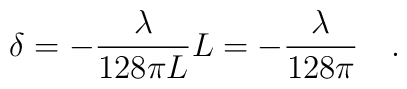
\delta=-\frac{\lambda}{128\pi L}L=-\frac{\lambda}{128\pi} \ \ \ .